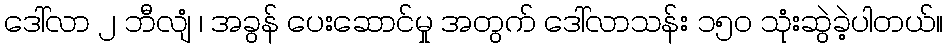
ဒေါ်လာ ၂ ဘီလျံ ၊ အခွန် ပေးဆောင်မှု အတွက် ဒေါ်လာသန်း ၁၅၀ သုံးဆွဲခဲ့ပါတယ်။